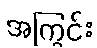
အကြွင်း